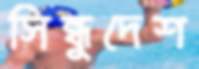
সিন্ধুদেশ